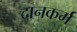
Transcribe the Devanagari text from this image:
दानकर्म